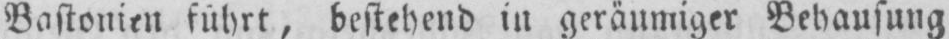
Bastonien führt, bestehend in geräumiger Behausung